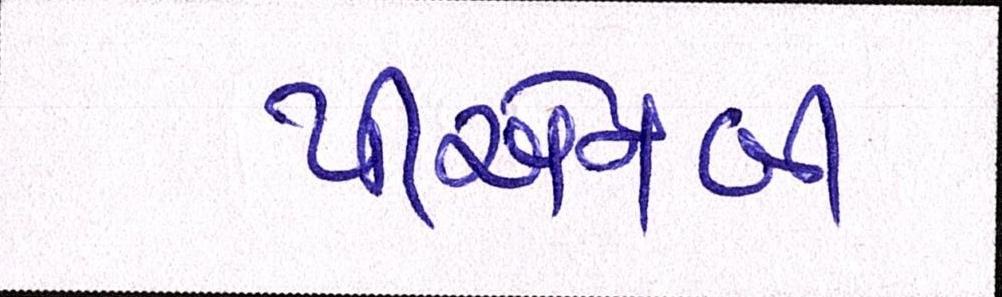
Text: પીએનબી